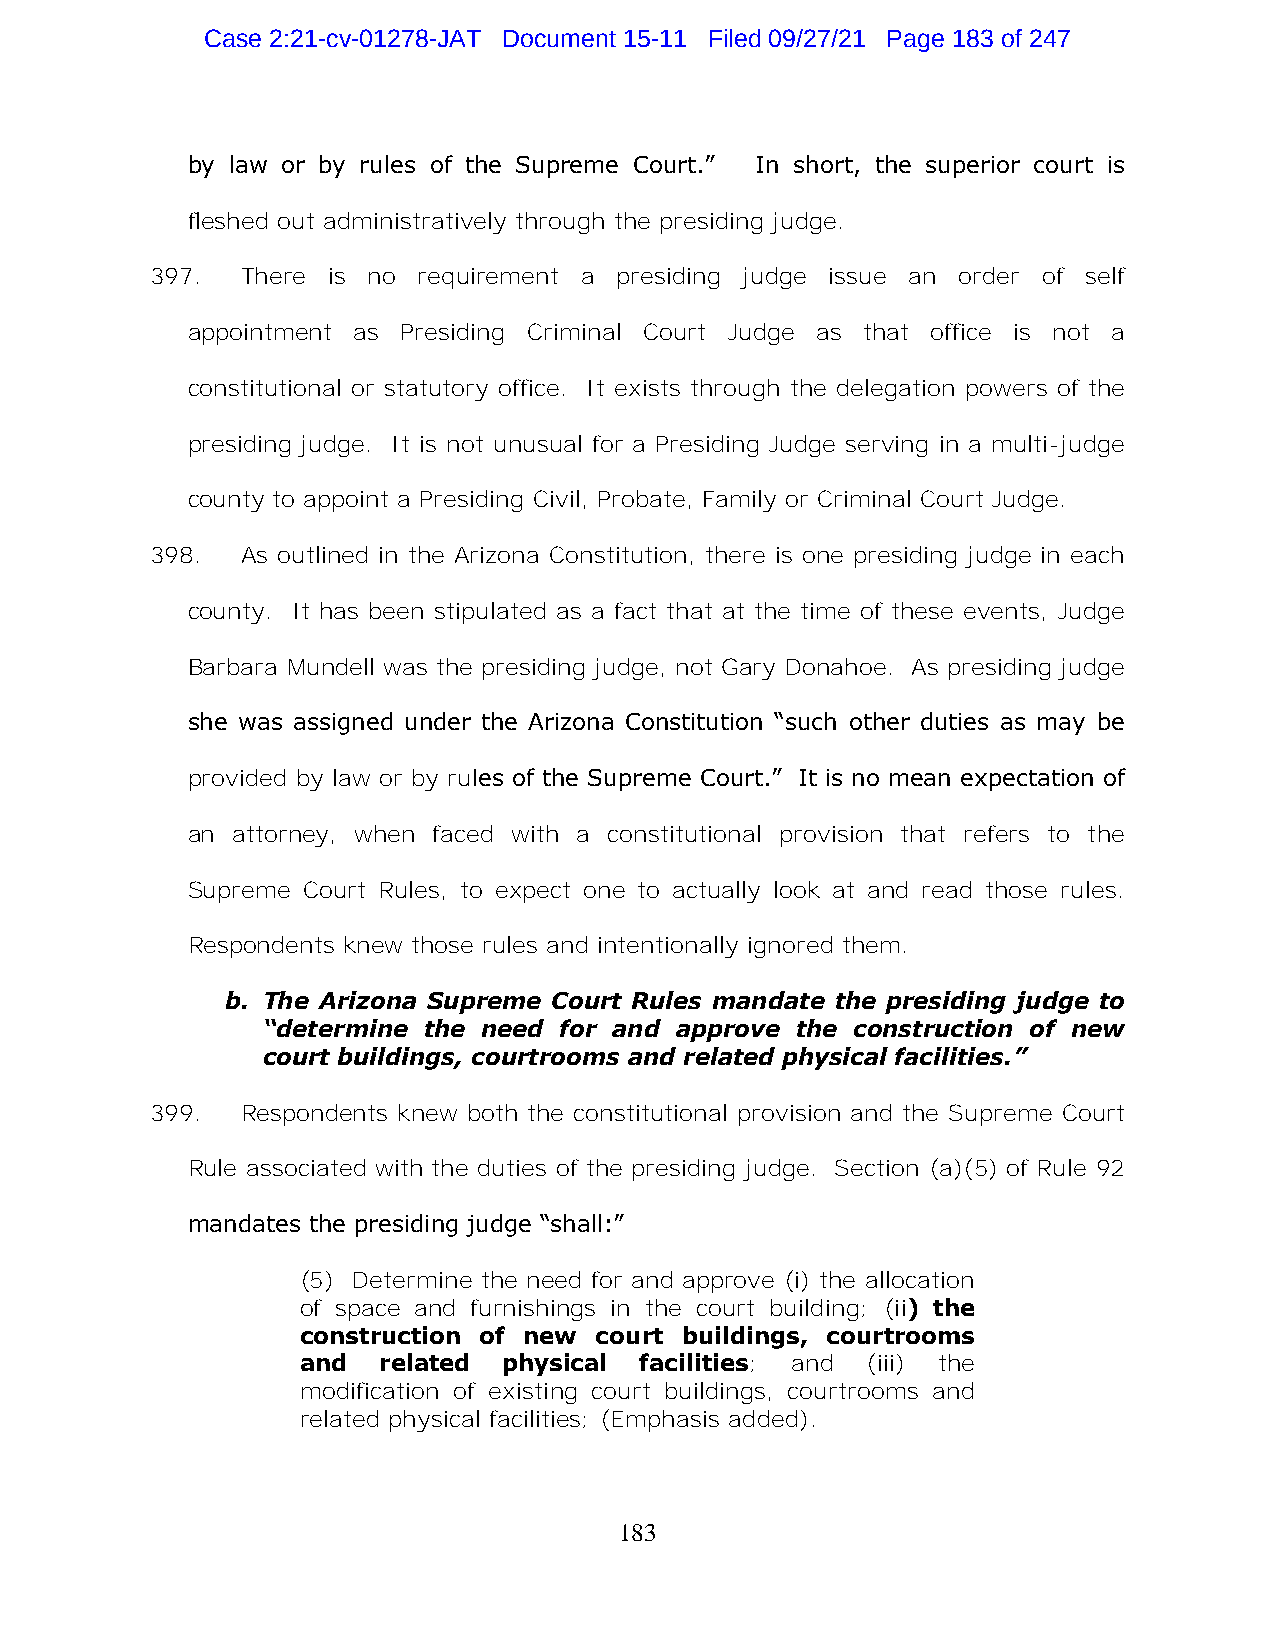
Case 2:21-cv-01278-JAT Document 15-11 Filed 09/27/21 Page 183 of 247
 by law or by rules of the Supreme Court.” In short, the superior court is
 fleshed out administratively through the presiding judge.
 397.  There is no requirement a presiding judge issue an order of self
 appointment as Presiding Criminal Court Judge as that office is not a
 constitutional or statutory office. It exists through the delegation powers of the
 presiding judge. It is not unusual for a Presiding Judge serving in a multi-judge
 county to appoint a Presiding Civil, Probate, Family or Criminal Court Judge.
 398.  As outlined in the Arizona Constitution, there is one presiding judge in each
 county. It has been stipulated as a fact that at the time of these events, Judge
 Barbara Mundell was the presiding judge, not Gary Donahoe. As presiding judge
 she was assigned under the Arizona Constitution “such other duties as may be
 provided by law or by rules of the Supreme Court.” It is no mean expectation of
 an attorney, when faced with a constitutional provision that refers to the
 Supreme Court Rules, to expect one to actually look at and read those rules.
 Respondents knew those rules and intentionally ignored them.
 b. The Arizona Supreme Court Rules mandate the presiding judge to
 “determine the need for and approve the construction of new
 court buildings, courtrooms and related physical facilities.”
 399.  Respondents knew both the constitutional provision and the Supreme Court
 Rule associated with the duties of the presiding judge. Section (a)(5) of Rule 92
 mandates the presiding judge “shall:”
 (5) Determine the need for and approve (i) the allocation
 of space and furnishings in the court building; (ii) the
 construction of new court buildings, courtrooms
 and  related physical facilities; and (iii) the
 modification of existing court buildings, courtrooms and
 related physical facilities; (Emphasis added).
 183